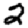
Digit: 2